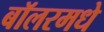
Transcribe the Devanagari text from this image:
बॉलरमधे